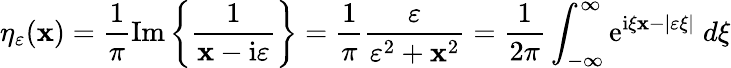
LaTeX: \eta_{\varepsilon}(\mathbf{x})={\frac{{1}}{{\pi}}}\mathrm{{Im}}\left\{ {\frac{{1}}{{\mathbf{x}-\mathrm{{i}}\varepsilon}}}\right\} ={\frac{{1}}{{\pi}}}{\frac{{\varepsilon}}{{\varepsilon^{2}+\mathbf{x}^{2}}}}={\frac{{1}}{{2\pi}}}\int_{-\infty}^{\infty}\mathrm{{e}}^{\mathrm{{i}}\xi\mathbf{x}-|\varepsilon\xi|}\; d\xi